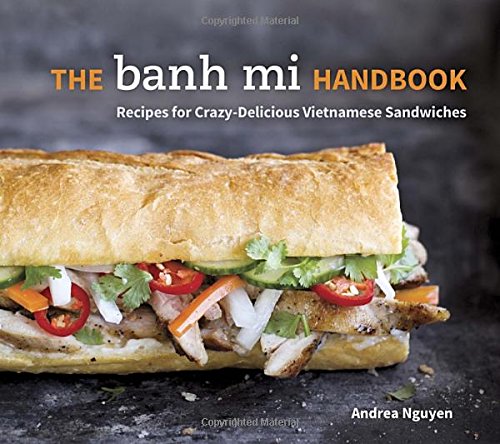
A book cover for The Banh Mi Handbook: Recipes for Crazy-Delicious Vietnamese Sandwiches; Andrea Nguyen; Cookbooks, Food & Wine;